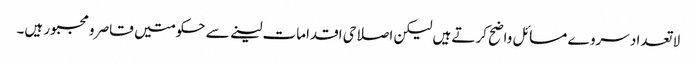
لا تعدا د سروے مسائل واضح کرتے ہیں لیکن اصلاحی اقدامات لینے سے حکومتیں قاصر و مجبور ہیں۔